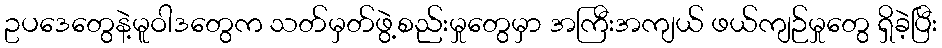
ဥပဒေတွေနဲ့မူဝါဒတွေက သတ်မှတ်ဖွဲ့စည်းမှုတွေမှာ အကြီးအကျယ် ဖယ်ကျဉ်မှုတွေ ရှိခဲ့ပြီး